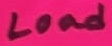
Text: Load